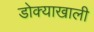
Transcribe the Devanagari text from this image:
डोक्याखाली